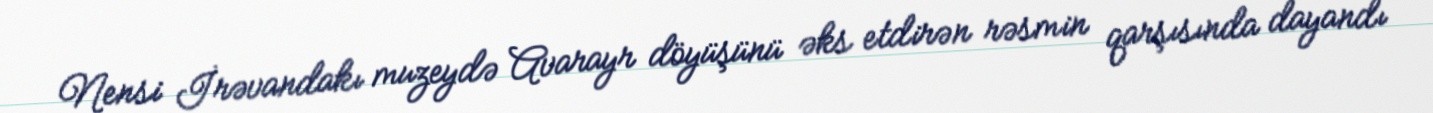
Nensi İrəvandakı muzeydə Avarayr döyüşünü əks etdirən rəsmin qarşısında dayandı